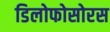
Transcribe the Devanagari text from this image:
डिलोफोसोरस